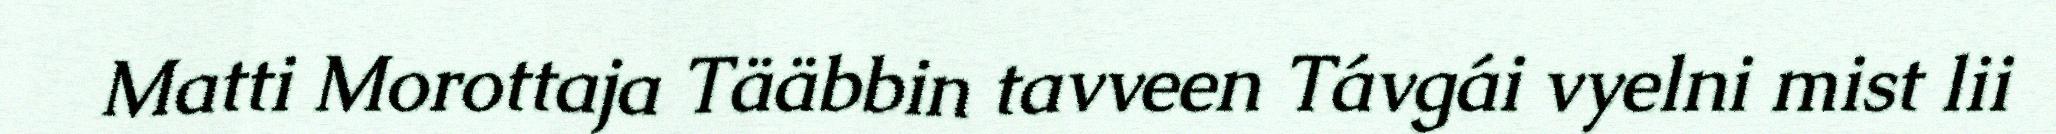
Matti Morottaja Tääbbin tavveen Távgái vyelni mist lii